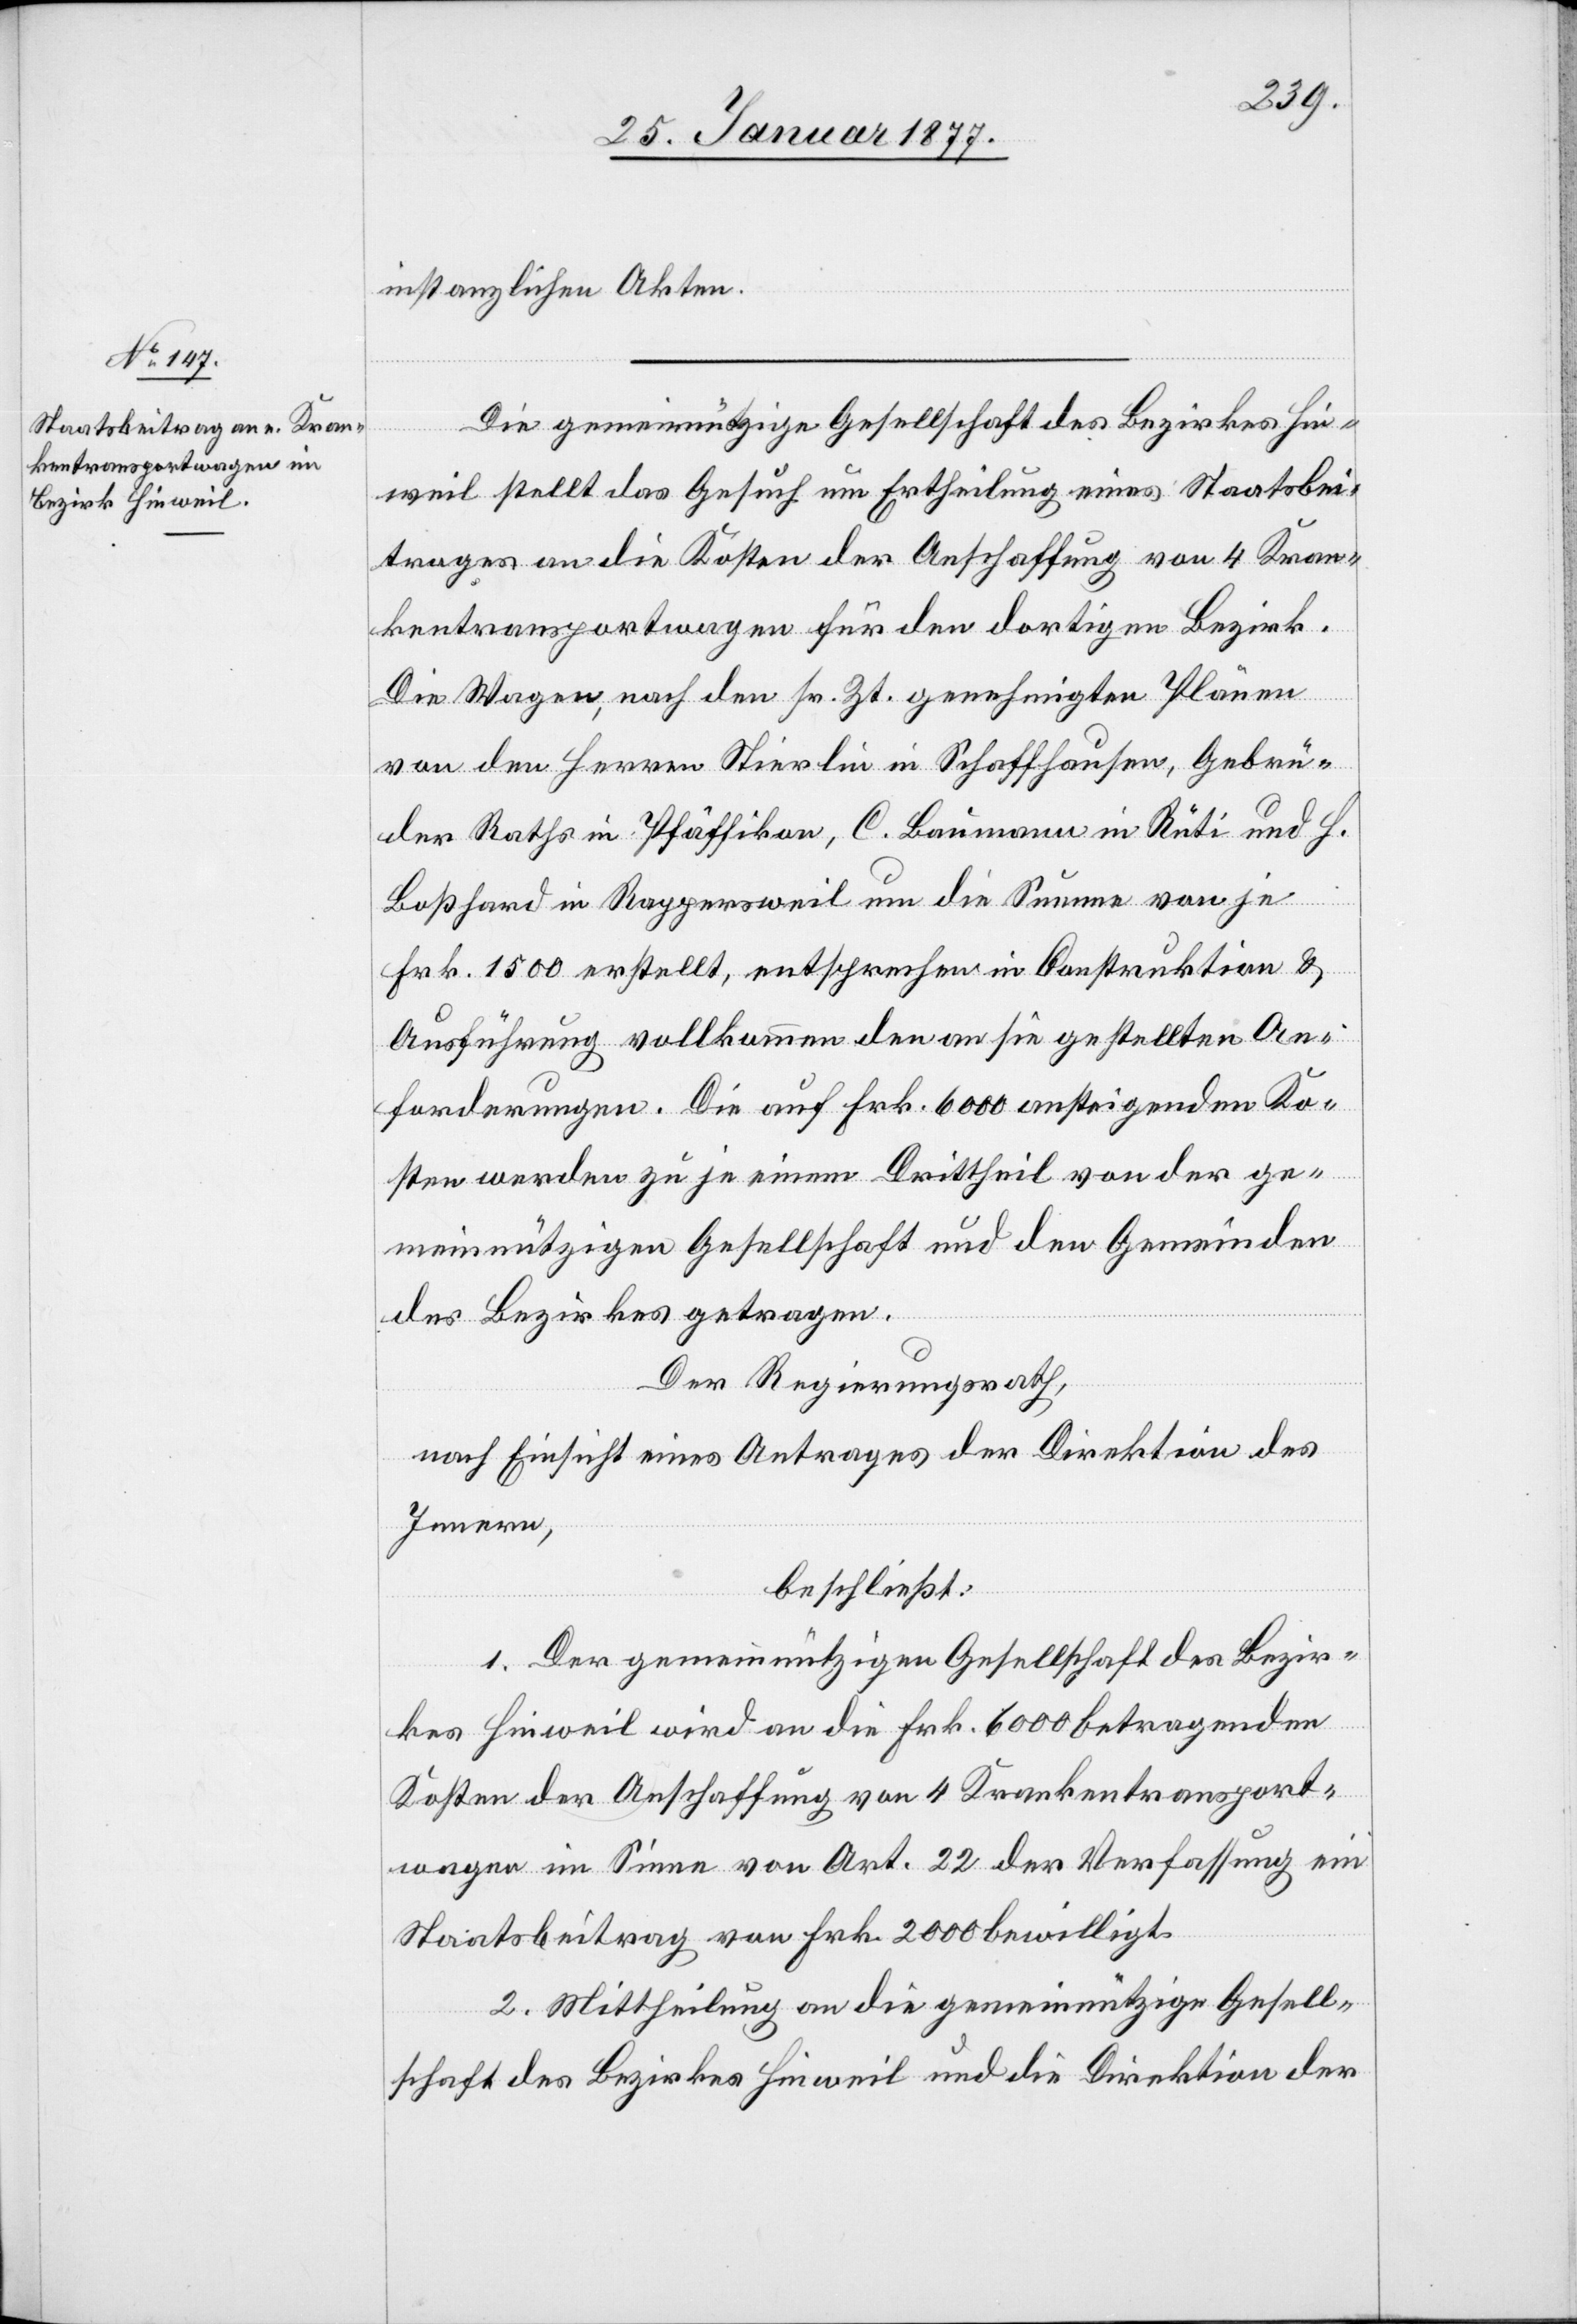
instanzlichen Akten.
Die gemeinnützige Gesellschaft des Bezirkes Hin¬
weil stellt das Gesuch um Ertheilung eines Staatsbei¬
trages an die Kosten der Anschaffung von 4 Kran¬
kentransportwagen für den dortigen Bezirk.
Die Wagen, nach den sr. Zt. genehmigten Plänen
von den Herren Stierlin in Schaffhausen, Gebrü¬
der Raths in Pfäffikon, C. Baumann in Rüti und H.
Boßhard in Rappersweil um die Summe von je
Frk. 1500 erstellt, entsprechen in Construktion &
Ausführung vollkommen den an sie gestellten An¬
forderungen. Die auf Frk. 6000 ansteigenden Ko¬
sten werde zu je einem Drittheil von der ge¬
meinnützigen Gesellschaft und den Gemeinden
des Bezirkes getragen.
Der Regierungsrath,
nach Einsicht eines Antrages der Direktion des
Innern,
beschließt:
1. Der gemeinnützigen Gesellschaft des Bezir¬
kes Hinweil wird an die Frk. 6000 betragenden
Kosten der Anschaffung von 4 Krankentransport¬
wagen im Sinne von Art. 22 der Verfassung ein
Staatsbeitrag von Frk. 2000 bewilligt.
2. Mittheilung an die gemeinnützige Gesell¬
schaft des Bezirkes Hinweil und die Direktion der